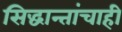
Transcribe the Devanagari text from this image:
सिद्धान्तांचाही